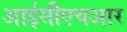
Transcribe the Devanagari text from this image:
आईसीएचआर